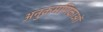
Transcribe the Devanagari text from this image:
अनुक्रमणिकाओं